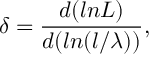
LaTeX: \delta = \frac { d ( l n L ) } { d ( l n ( l / \lambda ) ) } ,